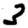
Digit: 3